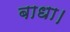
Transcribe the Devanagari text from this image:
बाधा।